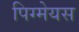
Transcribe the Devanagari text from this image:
पिग्मेयस